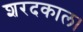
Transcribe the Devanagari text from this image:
शरदकाल।